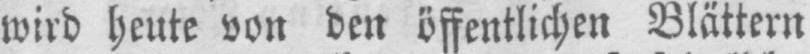
wird heute von den öffentlichen Blättern